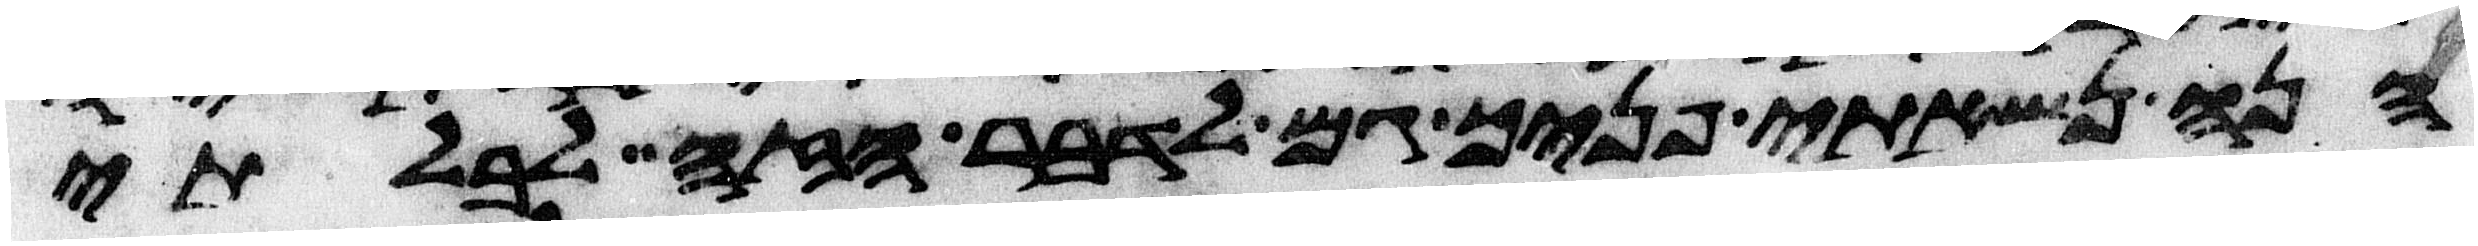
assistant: הנה נשאתי פניך גם לדבר הזה לבלתי